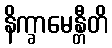
နိက္ခာမေန္တီတိ